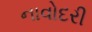
નાવોદરી